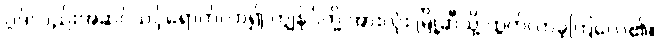
ဂွဒ်လည်းအဆင်သင့်ရောက်လာ၍ ကျွန်ုပ်တို့ အားလုံး မြို့ဆီသို့ ထွက်လာခဲ့ကြလေ၏။